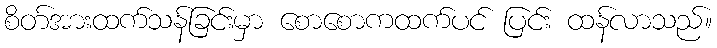
စိတ်အားထက်သန်ခြင်းမှာ စောစောကထက်ပင် ပြင်း ထန်လာသည်။